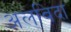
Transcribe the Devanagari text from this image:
अलविदा